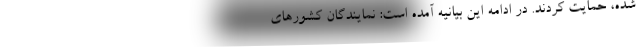
شده، حمایت کردند. در ادامه این بیانیه آمده است: نمایندگان کشورهای